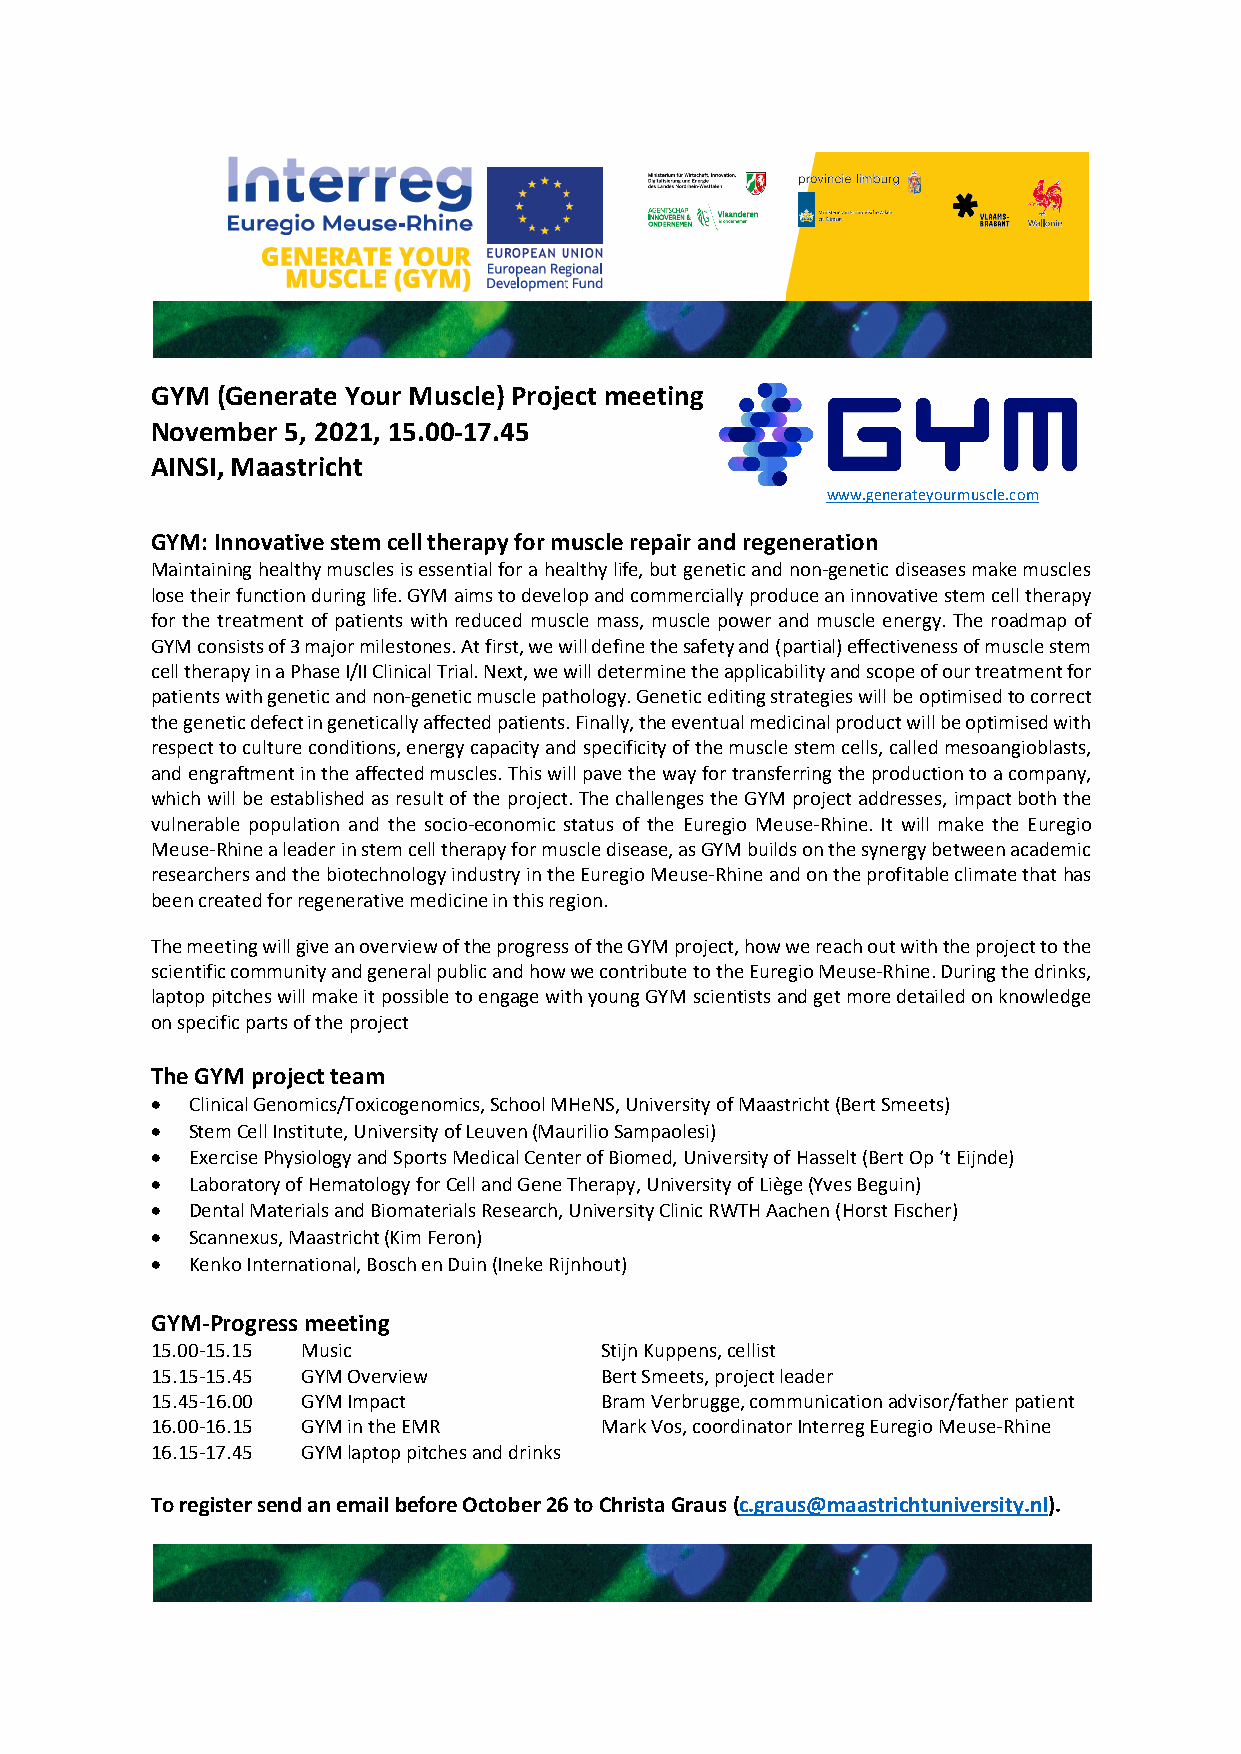
GYM (Generate Your Muscle) Project meeting
 November 5, 2021, 15.00-17.45
 AINSI, Maastricht
 www.generateyourmuscle.com
 GYM: Innovative stem cell therapy for muscle repair and regeneration
 Maintaining healthy muscles is essential for a healthy life, but genetic and non-genetic diseases make muscles
 lose their function during life. GYM aims to develop and commercially produce an innovative stem cell therapy
 for the treatment of patients with reduced muscle mass, muscle power and muscle energy. The roadmap of
 GYM consists of 3 major milestones. At first, we will define the safety and (partial) effectiveness of muscle stem
 cell therapy in a Phase I/II Clinical Trial. Next, we will determine the applicability and scope of our treatment for
 patients with genetic and non-genetic muscle pathology. Genetic editing strategies will be optimised to correct
 the genetic defect in genetically affected patients. Finally, the eventual medicinal product will be optimised with
 respect to culture conditions, energy capacity and specificity of the muscle stem cells, called mesoangioblasts,
 and engraftment in the affected muscles. This will pave the way for transferring the production to a company,
 which will be established as result of the project. The challenges the GYM project addresses, impact both the
 vulnerable population and the socio-economic status of the Euregio Meuse-Rhine. It will make the Euregio
 Meuse-Rhine a leader in stem cell therapy for muscle disease, as GYM builds on the synergy between academic
 researchers and the biotechnology industry in the Euregio Meuse-Rhine and on the profitable climate that has
 been created for regenerative medicine in this region.
 The meeting will give an overview of the progress of the GYM project, how we reach out with the project to the
 scientific community and general public and how we contribute to the Euregio Meuse-Rhine. During the drinks,
 laptop pitches will make it possible to engage with young GYM scientists and get more detailed on knowledge
 on specific parts of the project
 The GYM project team
 • Clinical Genomics/Toxicogenomics, School MHeNS, University of Maastricht (Bert Smeets)
 • Stem Cell Institute, University of Leuven (Maurilio Sampaolesi)
 • Exercise Physiology and Sports Medical Center of Biomed, University of Hasselt (Bert Op ‘t Eijnde)
 • Laboratory of Hematology for Cell and Gene Therapy, University of Liège (Yves Beguin)
 • Dental Materials and Biomaterials Research, University Clinic RWTH Aachen (Horst Fischer)
 • Scannexus, Maastricht (Kim Feron)
 • Kenko International, Bosch en Duin (Ineke Rijnhout)
 GYM-Progress meeting
 15.00-15.15 Music             Stijn Kuppens, cellist
 15.15-15.45 GYM Overview      Bert Smeets, project leader
 15.45-16.00 GYM Impact        Bram Verbrugge, communication advisor/father patient
 16.00-16.15 GYM in the EMR    Mark Vos, coordinator Interreg Euregio Meuse-Rhine
 16.15-17.45 GYM laptop pitches and drinks
 To register send an email before October 26 to Christa Graus (c.graus@maastrichtuniversity.nl).